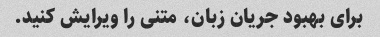
برای بهبود جریان زبان، متنی را ویرایش کنید.